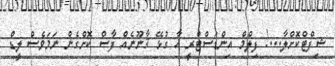
ޝިފްޓްކޮށްލާ...! ފިލްމް އިންޑަސްޓްރީ އާ ގުޅޭ ޤާނޫނެއް ފާސް ކޮށްގެން ނަމަވެސް ލީޑް